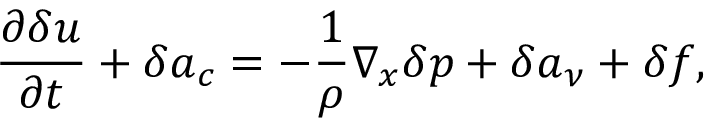
\frac { \partial \delta \boldsymbol { u } } { \partial t } + \delta \boldsymbol { a } _ { c } = - \frac { 1 } { \rho } \nabla _ { \boldsymbol { x } } \delta p + \delta \boldsymbol { a } _ { \nu } + \delta \boldsymbol { f } ,